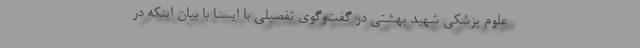
علوم پزشکی شهید بهشتی در گفت‌وگوی تفصیلی با ایسنا با بیان اینکه در